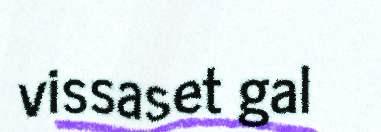
vissaset gal